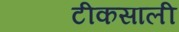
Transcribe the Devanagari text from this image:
टीकसाली